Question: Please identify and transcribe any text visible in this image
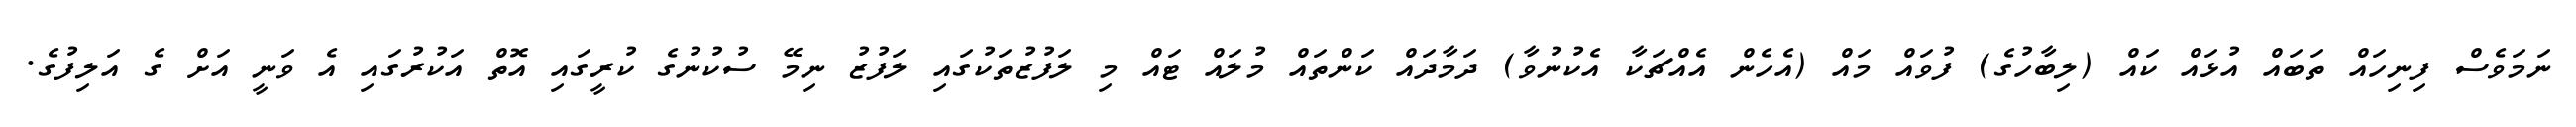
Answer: ނަމަވެސް ފިނިހައް ތަބައް އުޅައް ކައް (ލިބާހުގެ) ފުވައް މައް (އެހެން އެއްޗަކާ އެކުނުވާ) ދަމާދައް ކަންތައް މުލައް ޓައް މި ލަފުޒުތަކުގައި ލަފުޒު ނިމޭ ސުކުނުގެ ކުރީގައި އޮތް އަކުރުގައި އެ ވަނީ އަށް ގެ އަލިފުގެ.